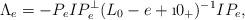
LaTeX: \begin{align*}\Lambda_e = -P_e IP_e^\perp (L_0-e+\i0_+)^{-1} IP_e,\end{align*}